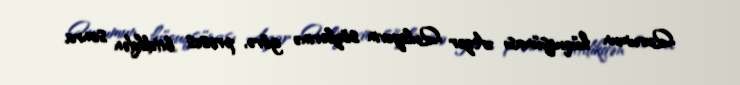
Qurumun hüquqşünası Azər Quliyevin sözlərinə görə, proses bitdikdən sonra